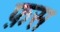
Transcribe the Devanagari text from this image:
फ़स